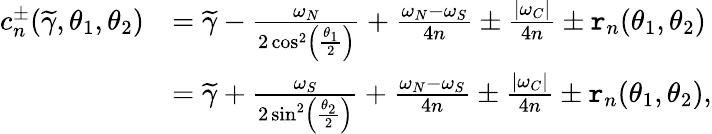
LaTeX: \begin{array}{rl}{c_{n}^{\pm}(\widetilde{\gamma},\theta_{1},\theta_{2})}&{=\widetilde{\gamma}-\frac{\omega_{N}}{2\cos^{2}\left(\frac{\theta_{1}}{2}\right)}+\frac{\omega_{N}-\omega_{S}}{4n}\pm\frac{|\omega_{C}|}{4n}\pm\mathtt{r}_{n}(\theta_{1},\theta_{2})}\\ &{=\widetilde{\gamma}+\frac{\omega_{S}}{2\sin^{2}\left(\frac{\theta_{2}}{2}\right)}+\frac{\omega_{N}-\omega_{S}}{4n}\pm\frac{|\omega_{C}|}{4n}\pm\mathtt{r}_{n}(\theta_{1},\theta_{2}),}\end{array}